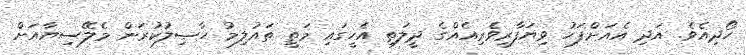
ހޯދިއެވެ. އަދި އެއަށްފަހު ވިޔަފާރިވެރިއެއްގެ ދީލަތި އެހީގައި މަތީ ތައުލިމު ހާޞިލުކުރަން މެލޭސިޔާއަށް